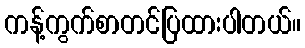
ကန့်ကွက်စာတင်ပြထားပါတယ်။